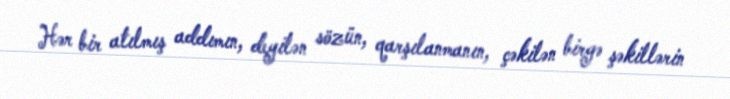
Hər bir atılmış addımın, deyilən sözün, qarşılanmanın, çəkilən birgə şəkillərin